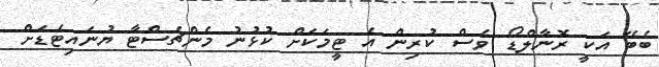
ބެބޭ އަކީ ރޮނާލްޑޯ ވެސް ކުރިން އެ ޓީމަކަށް ކުޅުނު މެންޗެސްޓާ ޔުނައިޓެޑަށް